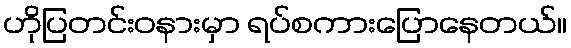
ဟိုပြတင်းဝနားမှာ ရပ်စကားပြောနေတယ်။